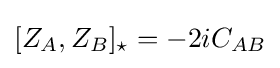
[Z_{A},Z_{B}]_{\star }=-2iC_{AB}